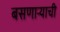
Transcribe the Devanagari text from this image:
बसणाऱ्याची